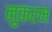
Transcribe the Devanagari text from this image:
नुकरम